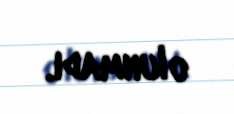
olunmadı.